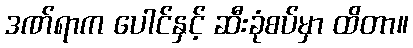
ဒဏ်ရာက ပေါင်နှင့် ဆီးခုံစပ်မှာ ထိတာ။